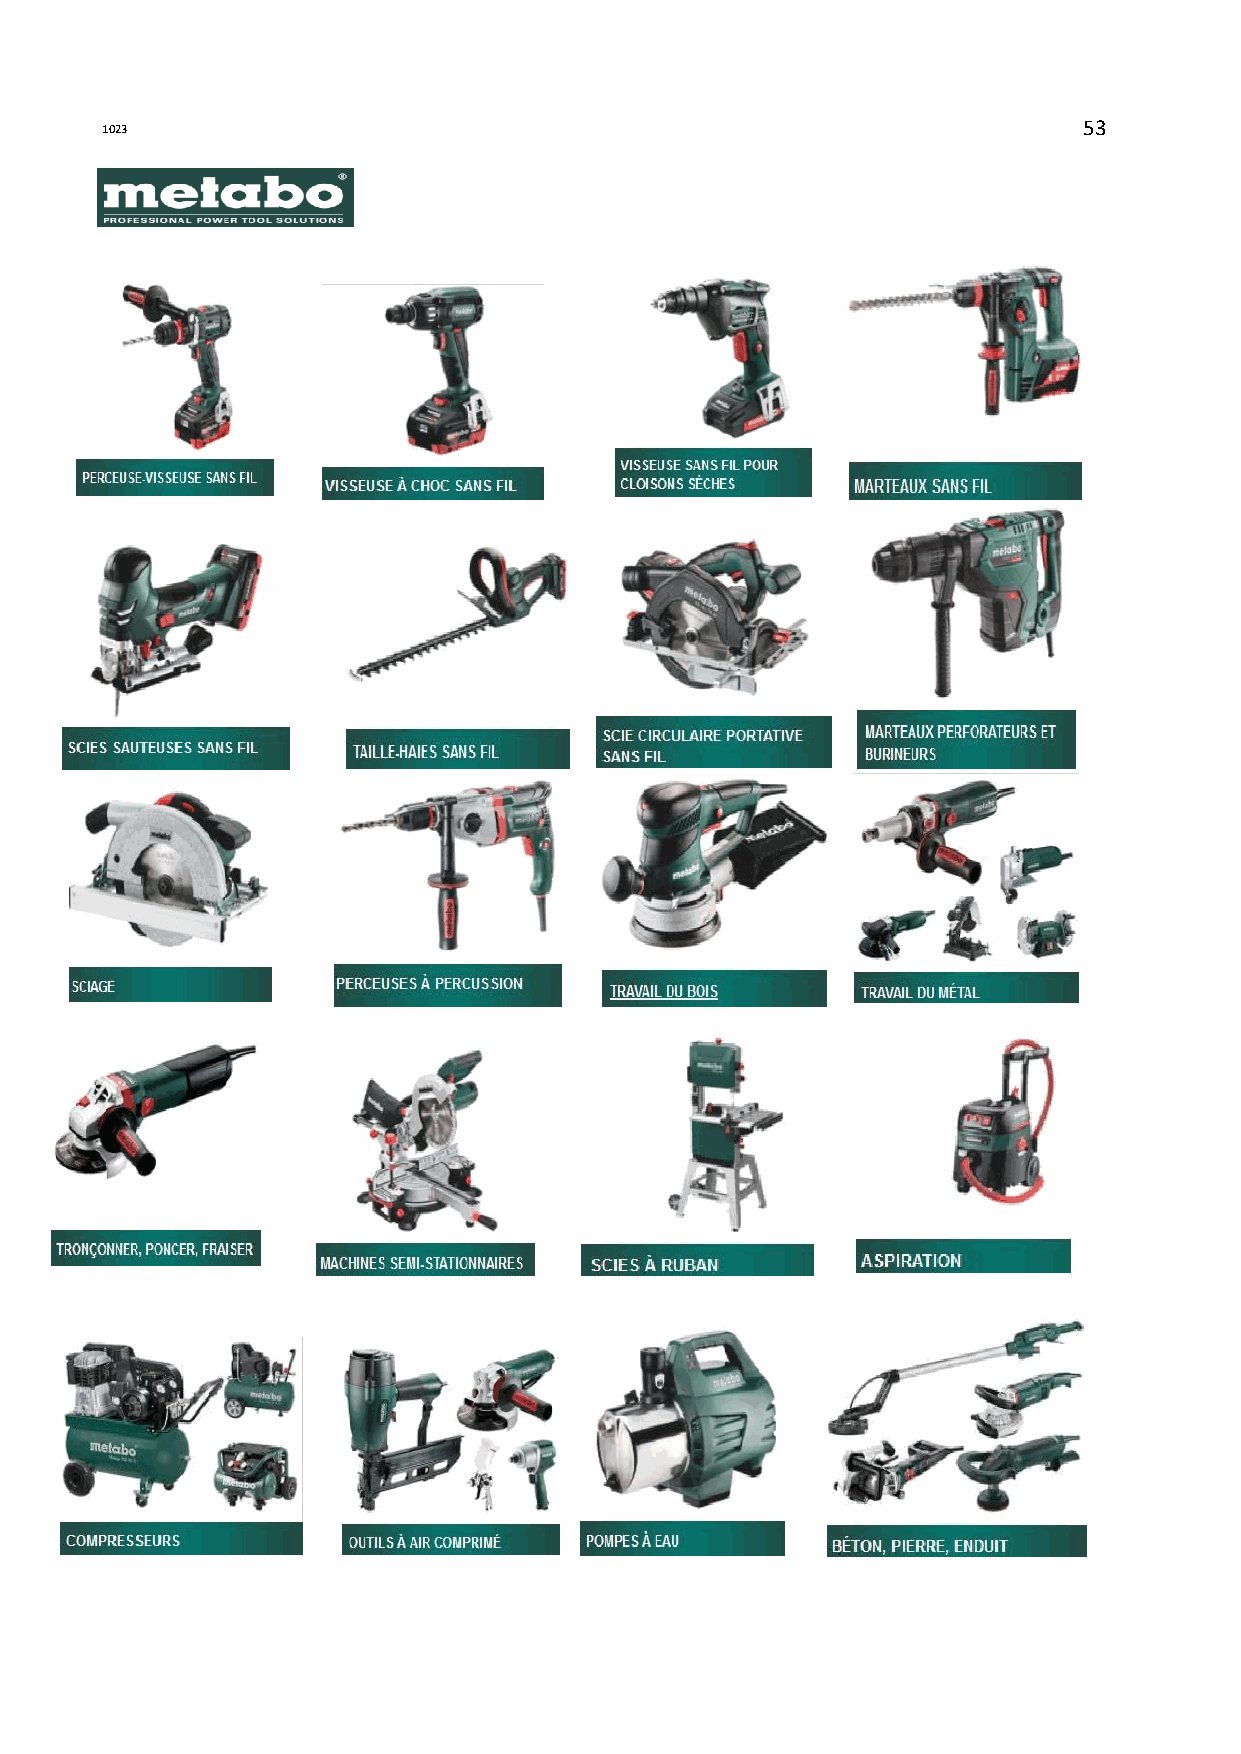
1023                                                             53